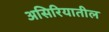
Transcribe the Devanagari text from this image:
असिरियातील